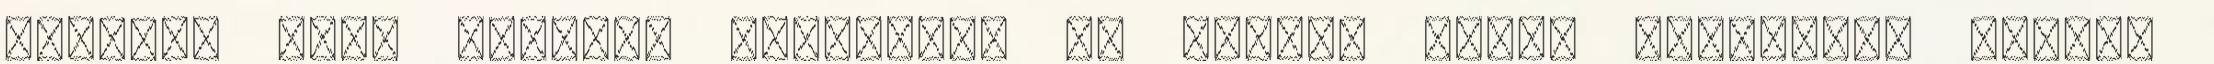
második évad részeit nagyrészt az etyeki Korda stúdióban vették